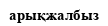
арықжалбыз